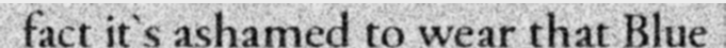
fact it`s ashamed to wear that Blue